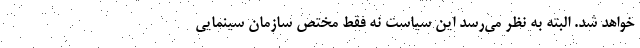
خواهد شد. البته به نظر می‌رسد این سیاست نه فقط مختص سازمان سینمایی